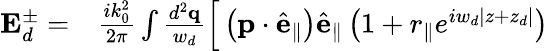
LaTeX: \begin{array}{rl}{\mathbf{E}_{d}^{\pm}=}&{{}\frac{ik_{0}^{2}}{2\pi}\int\frac{d^{2}\mathbf{q}}{w_{d}}\Big[\left(\mathbf{p}\cdot\hat{\mathbf{e}}_{\parallel}\right)\hat{\mathbf{e}}_{\parallel}\left(1+r_{\parallel}e^{iw_{d}\left\vert z+z_{d}\right\vert}\right)}\end{array}